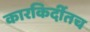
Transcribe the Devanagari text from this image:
कारकिर्दीतच